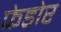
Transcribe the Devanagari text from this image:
फेडोर